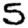
Digit: 5